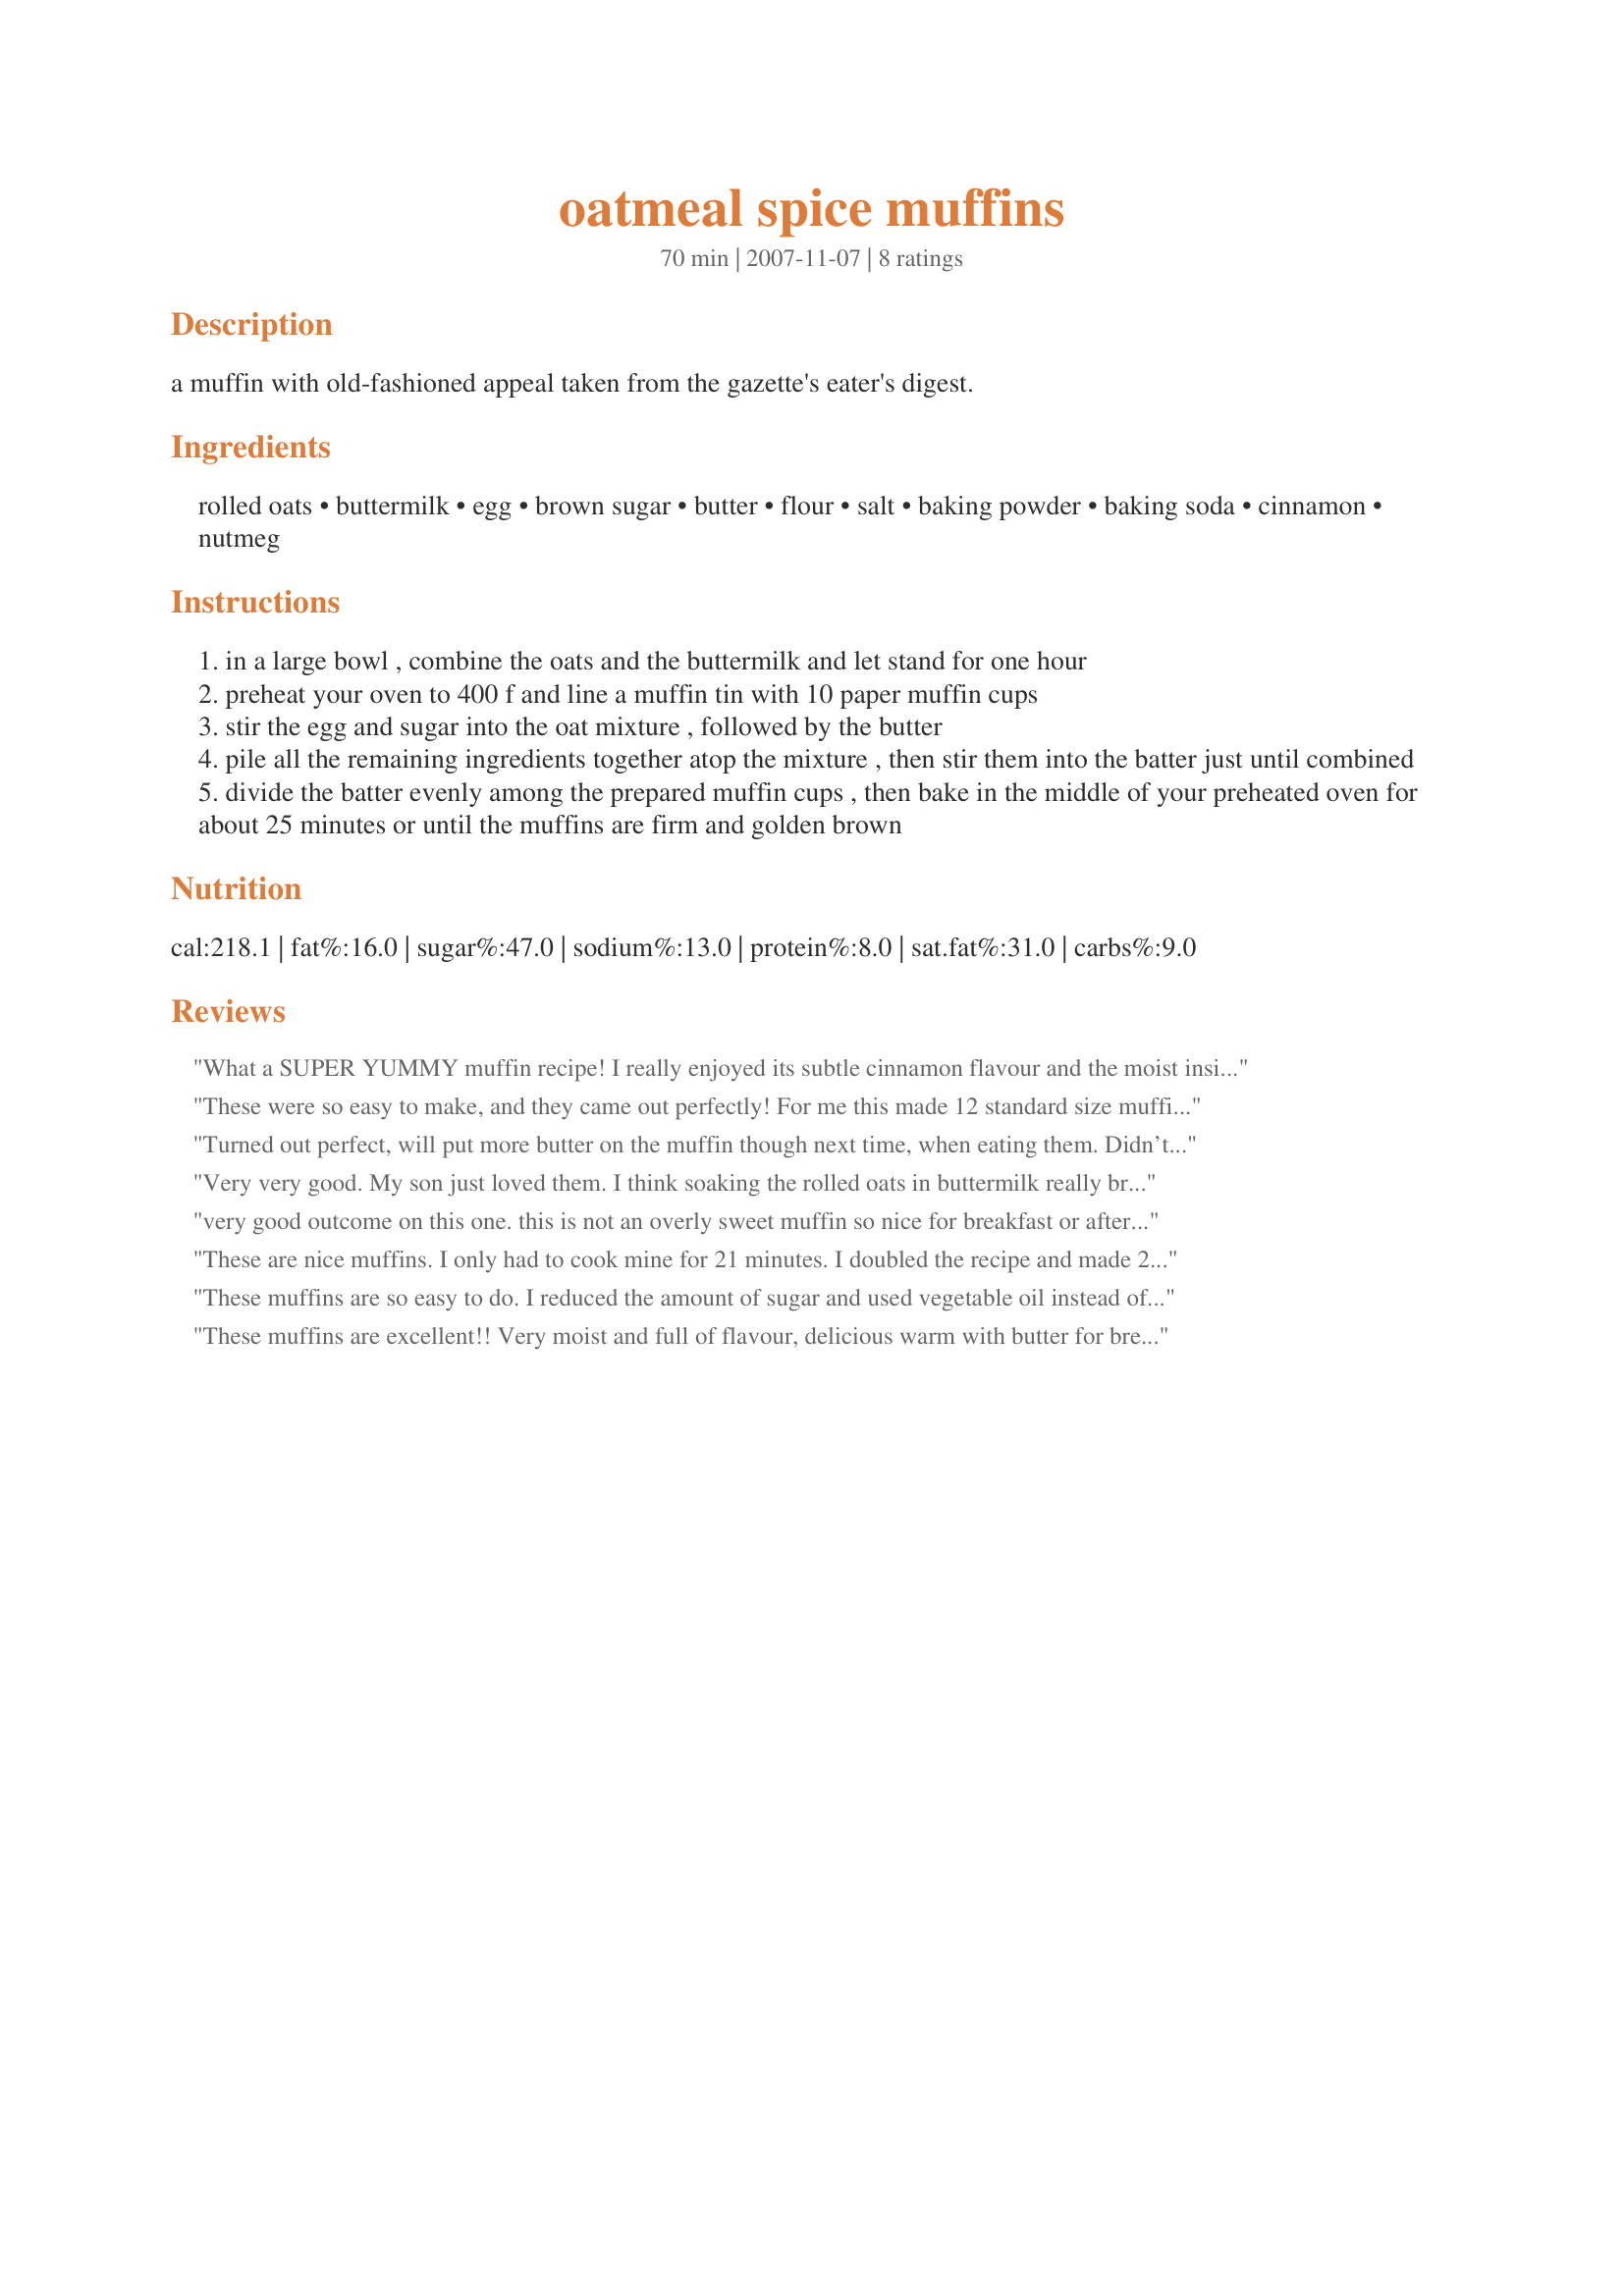
oatmeal spice muffins
Preparation time: 70 minutes

a muffin with old-fashioned appeal taken from the gazette's eater's digest.

Ingredients:
rolled oats, buttermilk, egg, brown sugar, butter, flour, salt, baking powder, baking soda, cinnamon, nutmeg

Steps:
in a large bowl , combine the oats and the buttermilk and let stand for one hour
preheat your oven to 400 f and line a muffin tin with 10 paper muffin cups
stir the egg and sugar into the oat mixture , followed by the butter
pile all the remaining ingredients together atop the mixture , then stir them into the batter just until combined
divide the batter evenly among the prepared muffin cups , then bake in the middle of your preheated oven for about 25 minutes or until the muffins are firm and golden brown

Reviews:
What a SUPER YUMMY muffin recipe! I really enjoyed its subtle cinnamon flavour and the moist inside paired with a lovely crunchy outside. The soaked oats really give it that extra something. I do have to admit though that I ran out of time and only soaked mine for 15 minutes, which was completely fine. I also realised too late that I had run out of soda, so I just used more baking powder instead and my muffins turned out nicely. I reduced the sugar to 1/4 cup, which was just right for me. However if you prefer your muffins sweeter, Id use the full 1/2 cup.
I made the full recipe, but divided the dough and added raisins to one half. A tasty addition, but really not necessary. They are perfect as is. I got exactly ten muffins out of it.
Thanks so much for sharing this gem of a recipe with us, Lorrie! I will surely make it often again!
Made and reviewed for Every Day is a Holiday Tag Game April 2009.
These were so easy to make, and they came out perfectly! For me this made 12 standard size muffins, which we've very much enjoyed for breakfasts this week. I made exactly as stated, except for using organic spelt flour instead of all-purpose. The oatmeal and cinnamon flavours really come through. Yum! Thanks Lorrie!
Turned out perfect, will put more butter on the muffin though next time, when eating them. Didn’t use nutmeg, will use more cinnamon next time; my children loved them! Added sliced almonds to the batter, very good taste.
Very very good. My son just loved them. I think soaking the rolled oats in buttermilk really brings something special to this recipe. I did soak for the entire time but as stated by another review the entire time may not be necessary. It appeared that all the milk was absorbed about 20 minutes into the soaking. I did not have any liners so I just sprayed the pans well and they all popped easily out without any sticking. I did get 12 decent regular sized muffins out of this batter.
very good outcome on this one. this is not an overly sweet muffin so nice for breakfast or after school. I plan to play with it just a bit; mixing 1/2 AP and 1/2 whole wheat flours or 3:1 ratio on that. I will probably cut the butter as well and substituting w/ some applesauce.
These are nice muffins. I only had to cook mine for 21 minutes. I doubled the recipe and made 24 regular sized muffins. I love the nutmeg taste to them...might up the cinnamon next time a bit just a personal preference. You could easily add raisins or apple to this recipe for a change.
These muffins are so easy to do. I reduced the amount of sugar and used vegetable oil instead of butter. Thanks Lorrie :) Made for photo tag.
These muffins are excellent!! Very moist and full of flavour, delicious warm with butter for breakfast. We all enjoyed them. Thanks.
